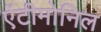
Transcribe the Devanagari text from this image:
ऐंटीमोनिल